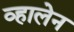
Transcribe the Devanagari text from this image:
व्हालेन